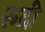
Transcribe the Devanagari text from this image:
रूद्री